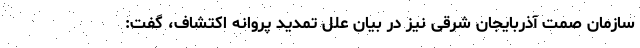
سازمان صمت آذربایجان شرقی نیز در بیان علل تمدید پروانه اکتشاف، گفت: